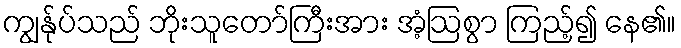
ကျွန်ုပ်သည် ဘိုးသူတော်ကြီးအား အံ့ဩစွာ ကြည့်၍ နေ၏။